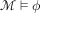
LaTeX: { \mathcal { M } } \vDash \phi